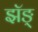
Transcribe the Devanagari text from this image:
झॅङ्